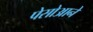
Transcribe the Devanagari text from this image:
पेसोआने